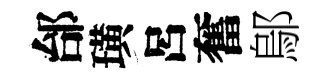
邰璜呂奮鄔